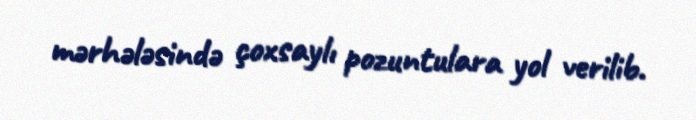
mərhələsində çoxsaylı pozuntulara yol verilib.